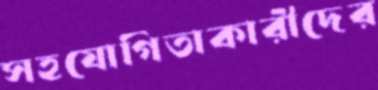
সহযোগিতাকারীদের